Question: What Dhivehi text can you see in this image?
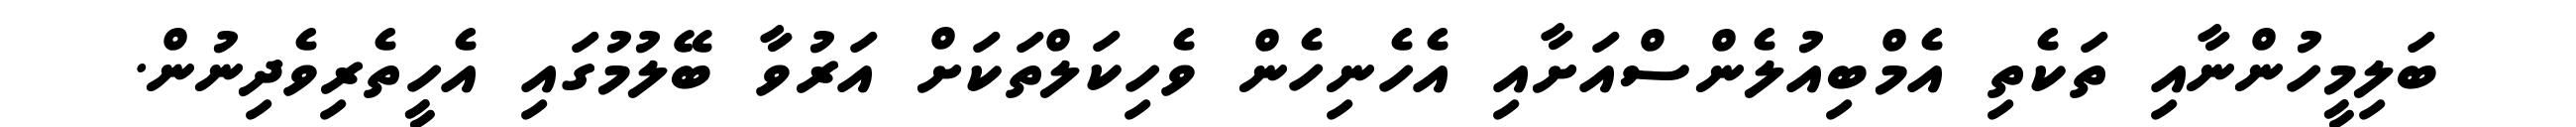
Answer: ބަލިމީހުންނާއި ތަކެތި އެމްބިއުލެންސްއަށާއި އެހެނިހެން ވެހިކަލްތަކަށް އަރުވާ ބޭލުމުގައި އެހީތެރިވެދިނުން.